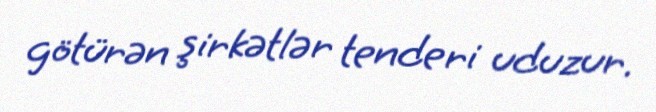
götürən şirkətlər tenderi uduzur.